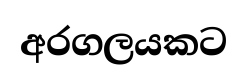
අරගලයකට